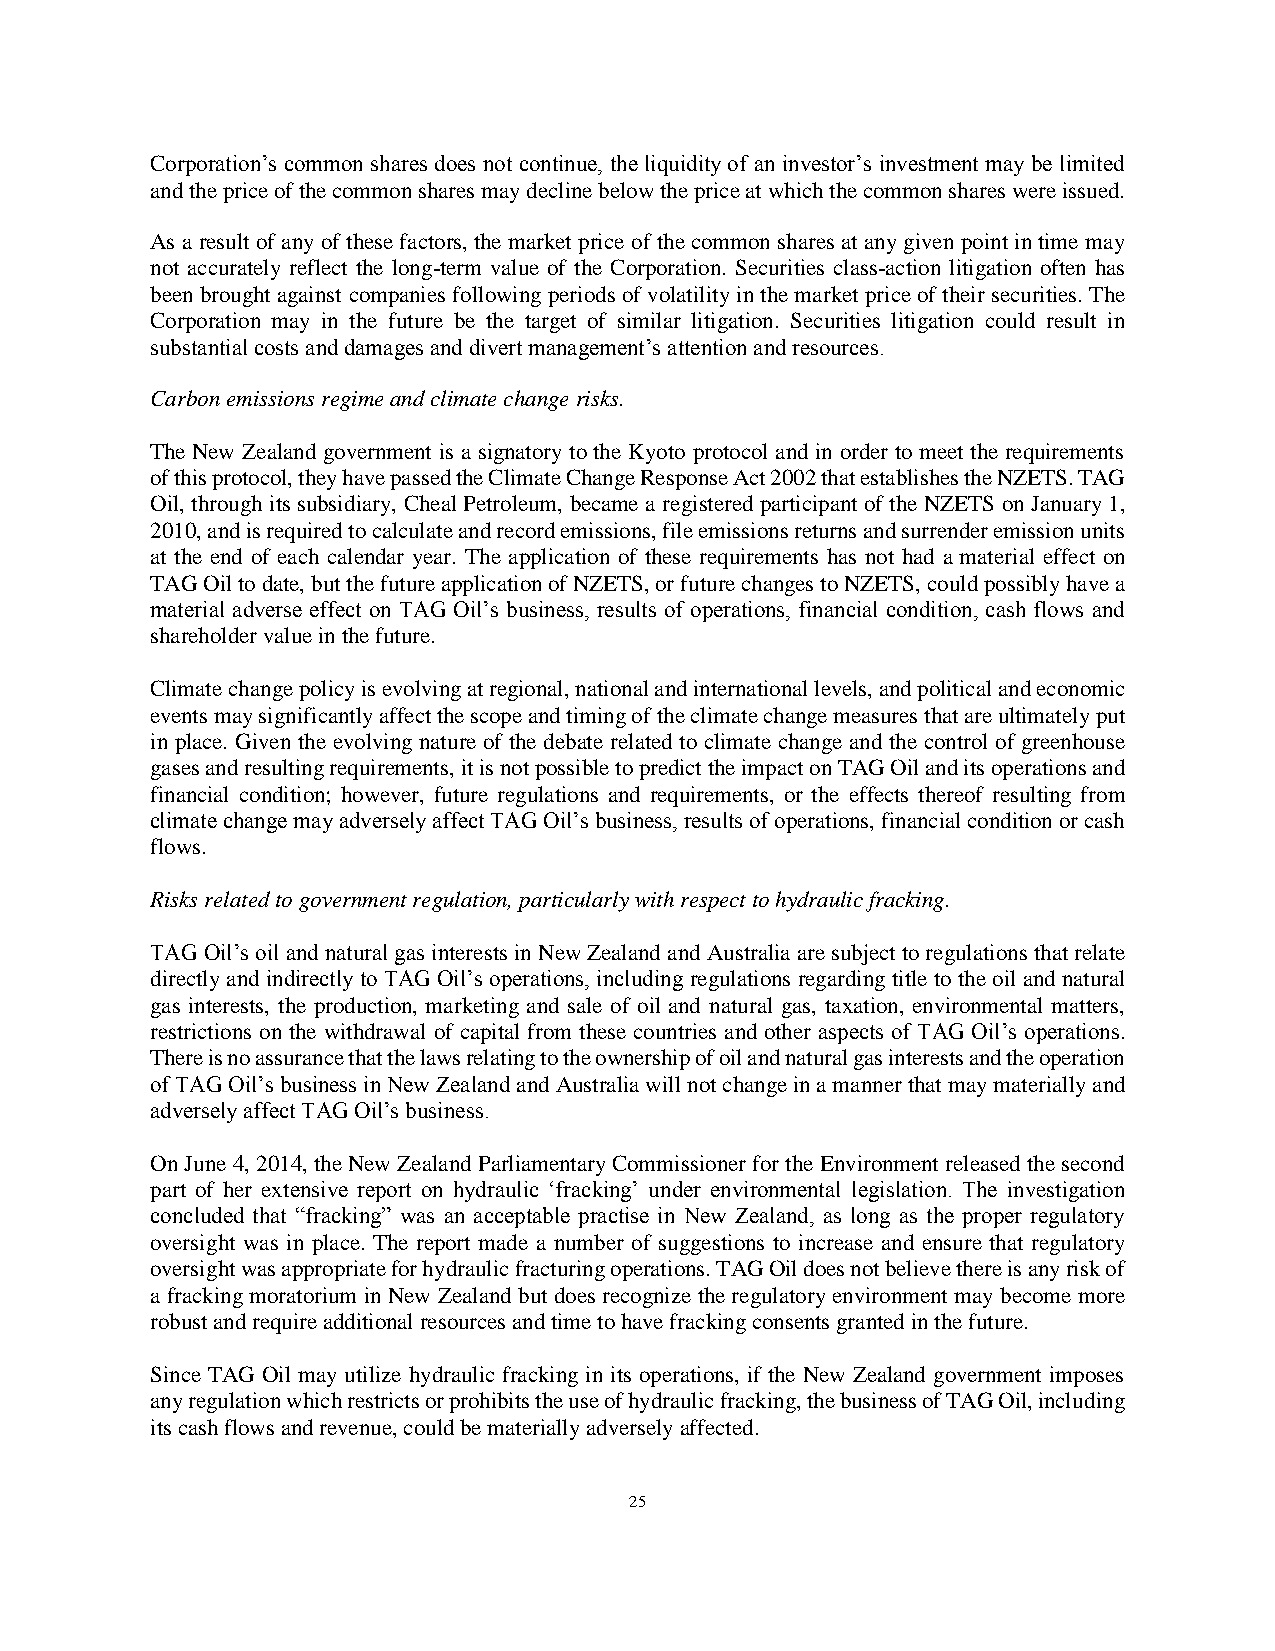
Corporation’s common shares does not continue, the liquidity of an investor’s investment may be limited
 and the price of the common shares may decline below the price at which the common shares were issued.
 As a result of any of these factors, the market price of the common shares at any given point in time may
 not accurately reflect the long-term value of the Corporation. Securities class-action litigation often has
 been brought against companies following periods of volatility in the market price of their securities. The
 Corporation may in the future be the target of similar litigation. Securities litigation could result in
 substantial costs and damages and divert management’s attention and resources.
 Carbon emissions regime and climate change risks.
 The New Zealand government is a signatory to the Kyoto protocol and in order to meet the requirements
 of this protocol, they have passed the Climate Change Response Act 2002 that establishes the NZETS. TAG
 Oil, through its subsidiary, Cheal Petroleum, became a registered participant of the NZETS on January 1,
 2010, and is required to calculate and record emissions, file emissions returns and surrender emission units
 at the end of each calendar year. The application of these requirements has not had a material effect on
 TAG Oil to date, but the future application of NZETS, or future changes to NZETS, could possibly have a
 material adverse effect on TAG Oil’s business, results of operations, financial condition, cash flows and
 shareholder value in the future.
 Climate change policy is evolving at regional, national and international levels, and political and economic
 events may significantly affect the scope and timing of the climate change measures that are ultimately put
 in place. Given the evolving nature of the debate related to climate change and the control of greenhouse
 gases and resulting requirements, it is not possible to predict the impact on TAG Oil and its operations and
 financial condition; however, future regulations and requirements, or the effects thereof resulting from
 climate change may adversely affect TAG Oil’s business, results of operations, financial condition or cash
 flows.
 Risks related to government regulation, particularly with respect to hydraulic fracking.
 TAG Oil’s oil and natural gas interests in New Zealand and Australia are subject to regulations that relate
 directly and indirectly to TAG Oil’s operations, including regulations regarding title to the oil and natural
 gas interests, the production, marketing and sale of oil and natural gas, taxation, environmental matters,
 restrictions on the withdrawal of capital from these countries and other aspects of TAG Oil’s operations.
 There is no assurance that the laws relating to the ownership of oil and natural gas interests and the operation
 of TAG Oil’s business in New Zealand and Australia will not change in a manner that may materially and
 adversely affect TAG Oil’s business.
 On June 4, 2014, the New Zealand Parliamentary Commissioner for the Environment released the second
 part of her extensive report on hydraulic ‘fracking’ under environmental legislation. The investigation
 concluded that “fracking” was an acceptable practise in New Zealand, as long as the proper regulatory
 oversight was in place. The report made a number of suggestions to increase and ensure that regulatory
 oversight was appropriate for hydraulic fracturing operations. TAG Oil does not believe there is any risk of
 a fracking moratorium in New Zealand but does recognize the regulatory environment may become more
 robust and require additional resources and time to have fracking consents granted in the future.
 Since TAG Oil may utilize hydraulic fracking in its operations, if the New Zealand government imposes
 any regulation which restricts or prohibits the use of hydraulic fracking, the business of TAG Oil, including
 its cash flows and revenue, could be materially adversely affected.
 25